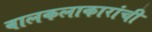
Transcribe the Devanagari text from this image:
बालकलाकारांची